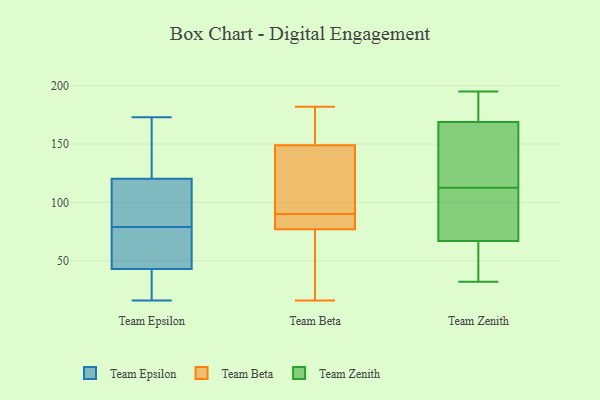
{"axis": {"x": "Latency (ms)", "y": "Value"}, "legend": ["Team Beta", "Team Epsilon", "Team Zenith"], "data": [{"x": "", "y": 147, "type": "Team Epsilon"}, {"x": "", "y": 41, "type": "Team Epsilon"}, {"x": "", "y": 18, "type": "Team Epsilon"}, {"x": "", "y": 16, "type": "Team Epsilon"}, {"x": "", "y": 55, "type": "Team Epsilon"}, {"x": "", "y": 108, "type": "Team Epsilon"}, {"x": "", "y": 56, "type": "Team Epsilon"}, {"x": "", "y": 88, "type": "Team Epsilon"}, {"x": "", "y": 173, "type": "Team Epsilon"}, {"x": "", "y": 49, "type": "Team Epsilon"}, {"x": "", "y": 23, "type": "Team Epsilon"}, {"x": "", "y": 79, "type": "Team Epsilon"}, {"x": "", "y": 17, "type": "Team Epsilon"}, {"x": "", "y": 52, "type": "Team Epsilon"}, {"x": "", "y": 112, "type": "Team Epsilon"}, {"x": "", "y": 123, "type": "Team Epsilon"}, {"x": "", "y": 80, "type": "Team Epsilon"}, {"x": "", "y": 153, "type": "Team Epsilon"}, {"x": "", "y": 155, "type": "Team Epsilon"}, {"x": "", "y": 149, "type": "Team Beta"}, {"x": "", "y": 16, "type": "Team Beta"}, {"x": "", "y": 96, "type": "Team Beta"}, {"x": "", "y": 180, "type": "Team Beta"}, {"x": "", "y": 39, "type": "Team Beta"}, {"x": "", "y": 79, "type": "Team Beta"}, {"x": "", "y": 133, "type": "Team Beta"}, {"x": "", "y": 77, "type": "Team Beta"}, {"x": "", "y": 84, "type": "Team Beta"}, {"x": "", "y": 182, "type": "Team Beta"}, {"x": "", "y": 195, "type": "Team Zenith"}, {"x": "", "y": 195, "type": "Team Zenith"}, {"x": "", "y": 81, "type": "Team Zenith"}, {"x": "", "y": 117, "type": "Team Zenith"}, {"x": "", "y": 32, "type": "Team Zenith"}, {"x": "", "y": 121, "type": "Team Zenith"}, {"x": "", "y": 32, "type": "Team Zenith"}, {"x": "", "y": 113, "type": "Team Zenith"}, {"x": "", "y": 112, "type": "Team Zenith"}, {"x": "", "y": 67, "type": "Team Zenith"}, {"x": "", "y": 42, "type": "Team Zenith"}, {"x": "", "y": 84, "type": "Team Zenith"}, {"x": "", "y": 158, "type": "Team Zenith"}, {"x": "", "y": 169, "type": "Team Zenith"}, {"x": "", "y": 176, "type": "Team Zenith"}, {"x": "", "y": 55, "type": "Team Zenith"}, {"x": "", "y": 106, "type": "Team Zenith"}, {"x": "", "y": 177, "type": "Team Zenith"}]}